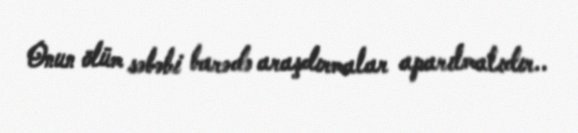
Onun ölüm səbəbi barədə araşdırmalar aparılmalıdır..